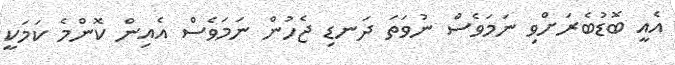
އެއީ ބޮޑުބެރަށްވި ނަމަވެސް ނުވަތަ ދަނޑި ޖެހުން ނަމަވެސް އެއިން ކޮންމެ ކަމަކީ